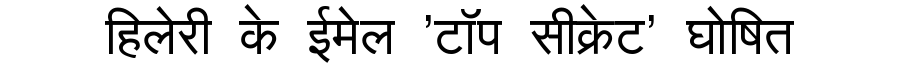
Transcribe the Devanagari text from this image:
हिलेरी के ईमेल 'टॉप सीक्रेट' घोषित